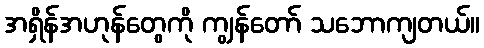
အရှိန်အဟုန်တွေကို ကျွန်တော် သဘောကျတယ်။